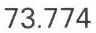
73.774